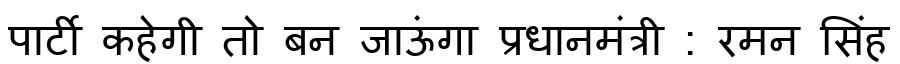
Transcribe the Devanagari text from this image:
पार्टी कहेगी तो बन जाऊंगा प्रधानमंत्री : रमन सिंह